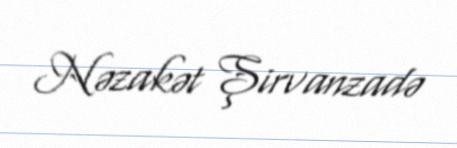
Nəzakət Şirvanzadə